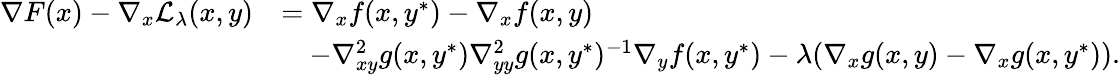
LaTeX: \begin{array}{rl}{\nabla F(x)-\nabla_{x}\mathcal{L}_{\lambda}(x,y)}&{=\nabla_{x}f(x,y^{*})-\nabla_{x}f(x,y)}\\ &{\quad-\nabla_{xy}^{2}g(x,y^{*})\nabla_{yy}^{2}g(x,y^{*})^{-1}\nabla_{y}f(x,y^{*})-\lambda(\nabla_{x}g(x,y)-\nabla_{x}g(x,y^{*})).}\end{array}